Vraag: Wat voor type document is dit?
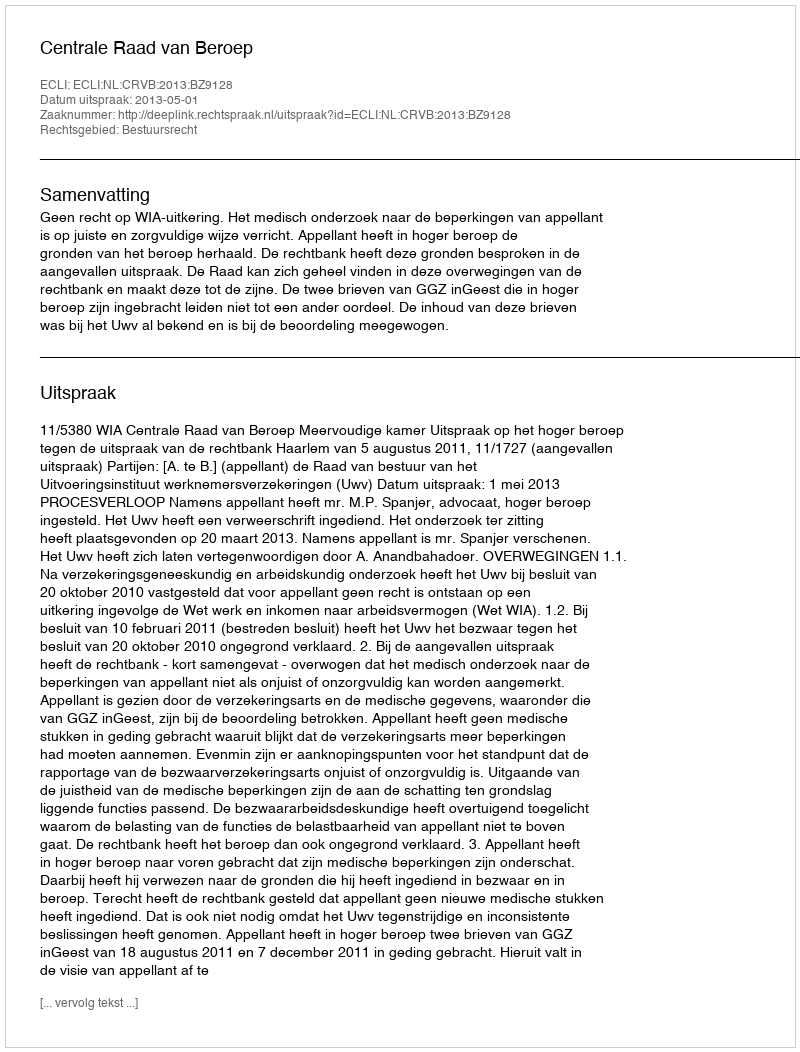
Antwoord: Uitspraak